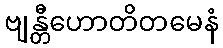
ဗျန္တီဟောတိတမေနံ